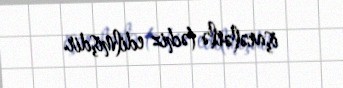
işarələrlə təchiz edilmişdir.